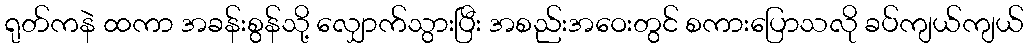
ရုတ်ကနဲ ထကာ အခန်းစွန်သို့ လျှောက်သွားပြီး အစည်းအဝေးတွင် စကားပြောသလို ခပ်ကျယ်ကျယ်